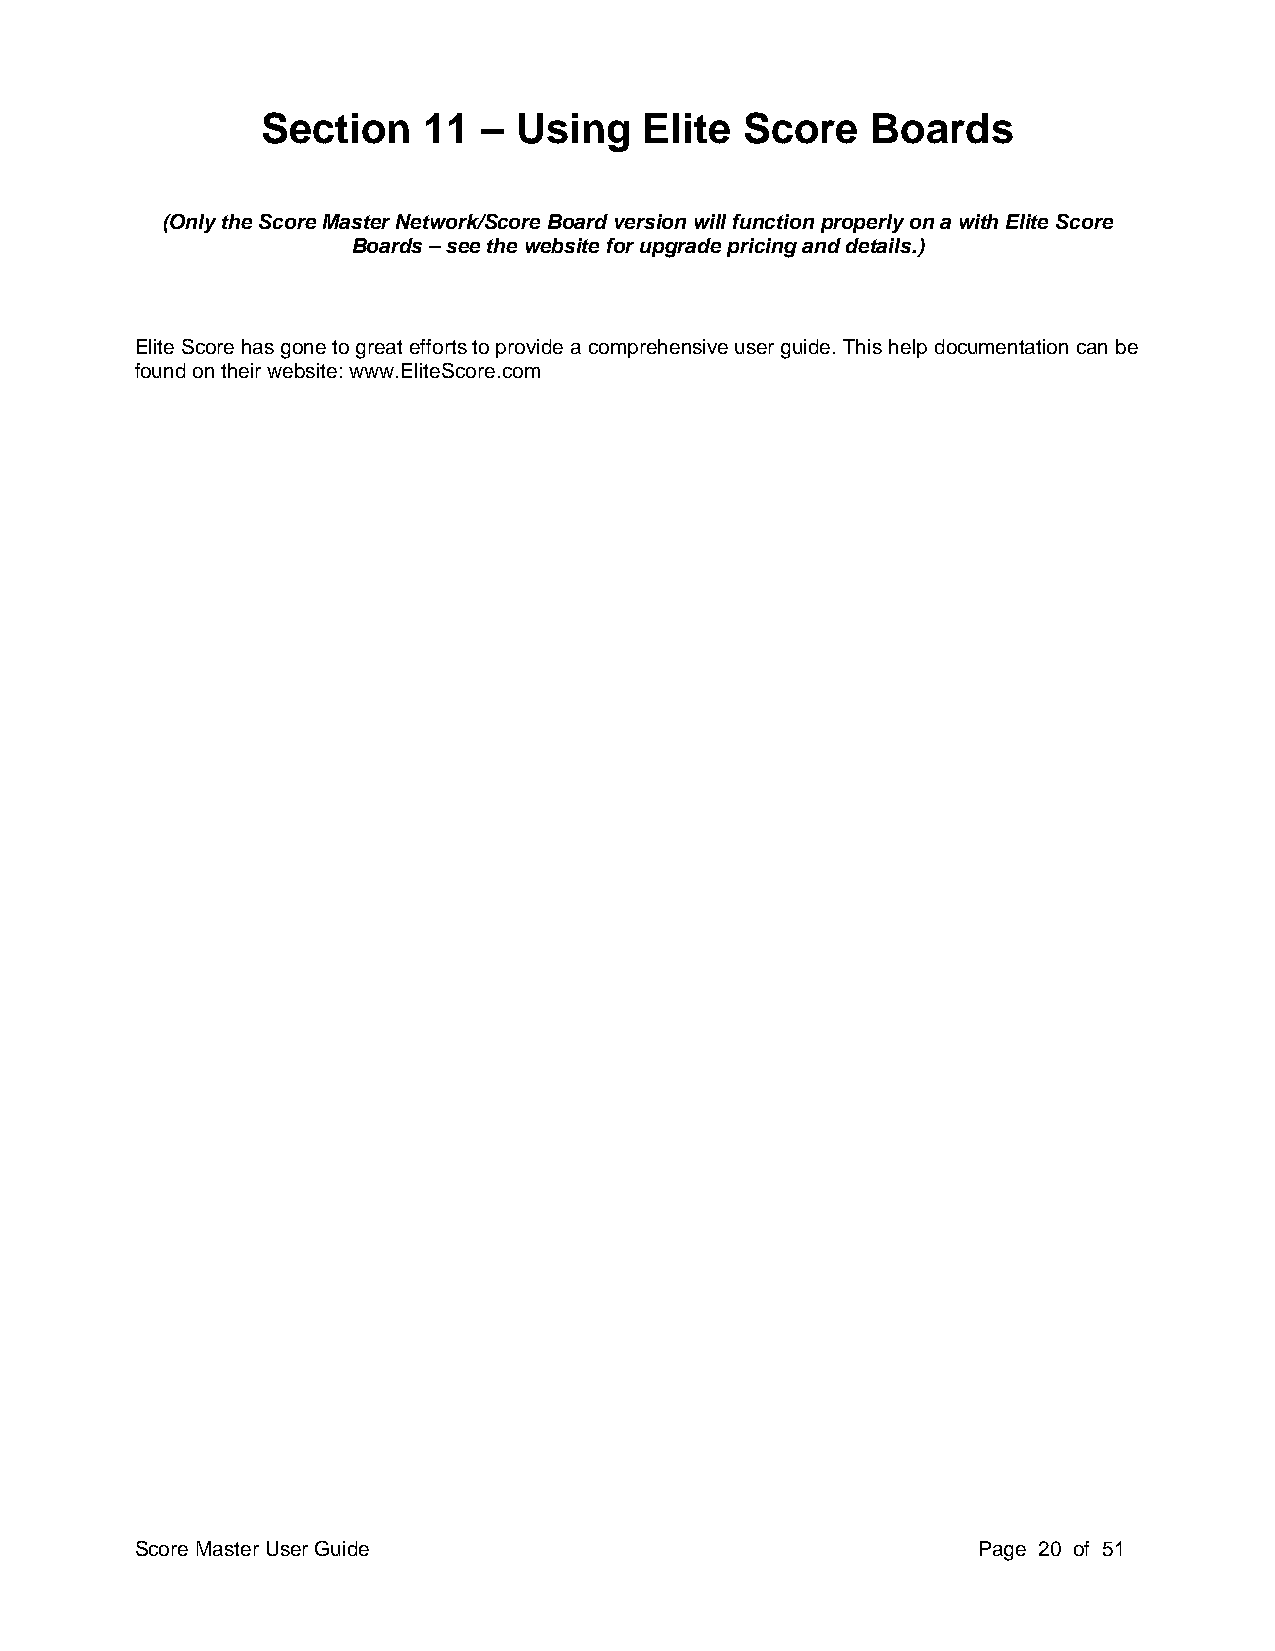
Section    11  – Using    Elite Score    Boards
 (Only the Score Master Network/Score Board version will function properly on a with Elite Score
 Boards – see the website for upgrade pricing and details.)
 Elite Score has gone to great efforts to provide a comprehensive user guide. This help documentation can be
 found on their website: www.EliteScore.com
 Score Master User Guide                                 Page 20 of 51